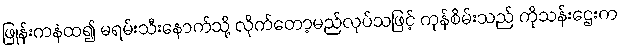
ဖြုန်းကနဲထ၍ မရမ်းသီးနောက်သို့ လိုက်တော့မည်လုပ်သဖြင့် ကုန်စိမ်းသည် ကိုသန်းဌေးက